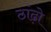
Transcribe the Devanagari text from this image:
ठांढ़ो